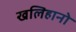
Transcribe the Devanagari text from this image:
खलिहानो